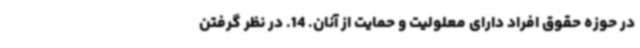
در حوزه حقوق افراد دارای معلولیت و حمایت از آنان. 14. در نظر گرفتن